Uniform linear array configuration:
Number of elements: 12
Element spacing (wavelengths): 0.75
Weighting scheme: binomial
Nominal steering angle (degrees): -45
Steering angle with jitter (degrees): -44.701
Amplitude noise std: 0.05
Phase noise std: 0.05

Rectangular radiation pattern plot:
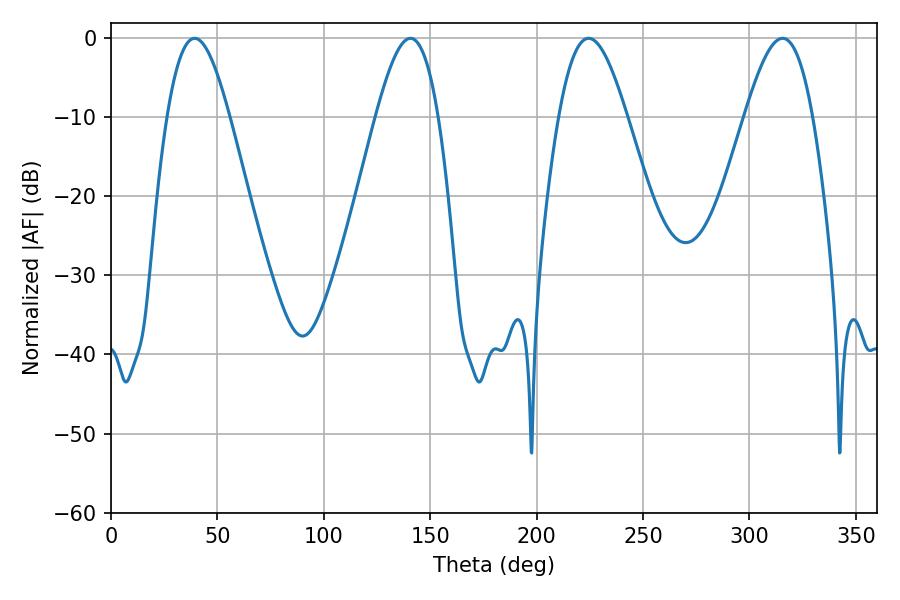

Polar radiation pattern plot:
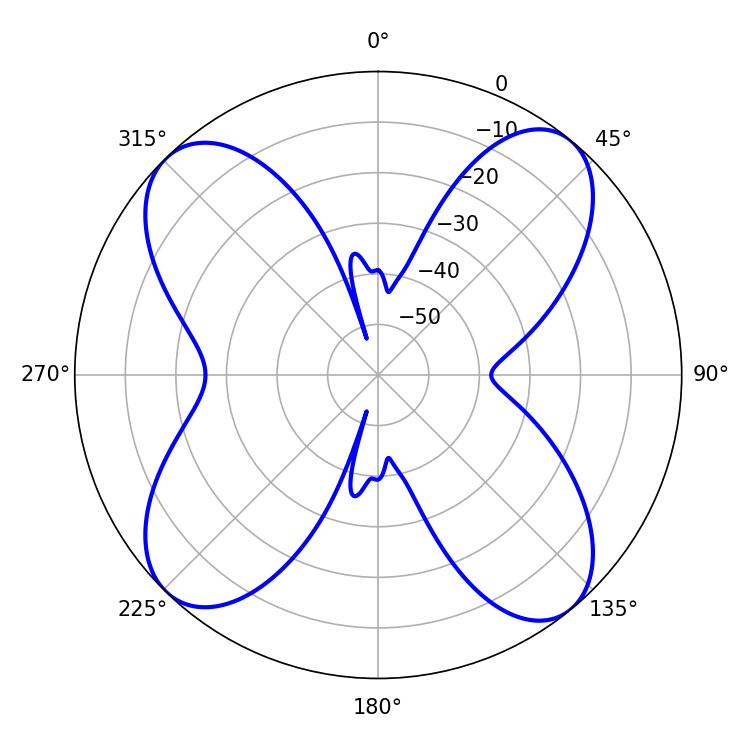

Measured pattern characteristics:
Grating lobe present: TRUE
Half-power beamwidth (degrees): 17.28
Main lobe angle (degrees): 224.46